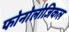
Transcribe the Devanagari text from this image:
फोनोलोजिकल